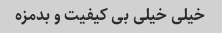
خیلی خیلی بی کیفیت و بدمزه